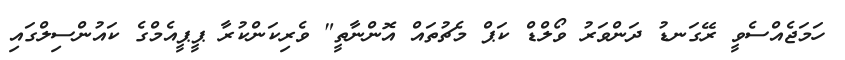
ހަމަޖެއްސެވީ ރޭގަނޑު ދަންވަރު ވޯލްޑް ކަޕް މެޗުތައް އޮންނާތީ" ވެރިކަންކުރާ ޕީޕީއެމްގެ ކައުންސިލްގައި